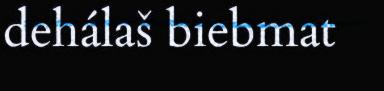
dehálaš biebmat